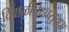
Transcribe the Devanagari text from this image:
दिवाळीपेक्षासुद्धा